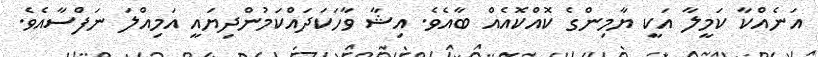
އަނެއްކާ ކަމީލާ އަކީ ޔާމިންގެ ކޮއްކޮއެއް ބާއެވެ. އިޝާ ވާހަކަދައްކަމުންދިޔައީ އަމިއްލަ ނަފްސާއެވެ.